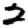
Digit: 2